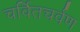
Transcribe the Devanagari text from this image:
चर्वितचर्वण